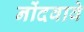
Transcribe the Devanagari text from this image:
नोंदवावे